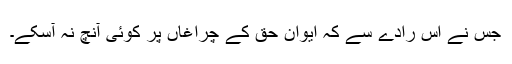
جس نے اس رادے سے کہ ایوان حق کے چراغاں پر کوئی آنچ نہ آسکے۔